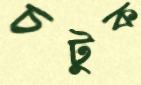
চটুক